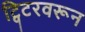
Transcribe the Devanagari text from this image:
ट्विटरवरून